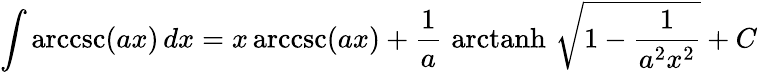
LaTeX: \int\operatorname{arccsc}(ax)\, dx=x\operatorname{arccsc}(ax)+{\frac{1}{a}}\, \operatorname{arctanh}\, {\sqrt{1-{\frac{1}{a^{2}x^{2}}}}}+C